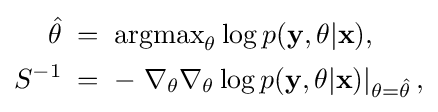
{\begin{aligned}{\hat {\theta }}&\;=\;\operatorname {argmax} _{\theta }\log p({\bf {y}},\theta |{\bf {x}}),\\S^{-1}&\;=\;-\left.\nabla _{\theta }\nabla _{\theta }\log p({\bf {y}},\theta |{\bf {x}})\right|_{\theta ={\hat {\theta }}},\end{aligned}}